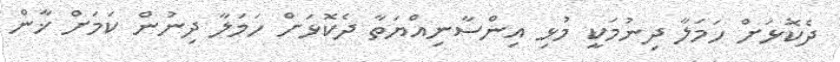
ދެކޮޅަށް ހަމަލާ ދިނުމަކީ މުޅި އިންސާނިއްޔަތާ ދެކޮޅަށް ހަމަލާ ދިނުން ކަމަށް ޚާން